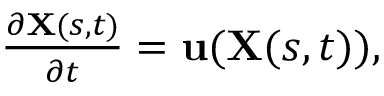
\begin{array} { r } { \frac { \partial \mathbf { X } ( s , t ) } { \partial t } = \mathbf { u } ( \mathbf { X } ( s , t ) ) , } \end{array}